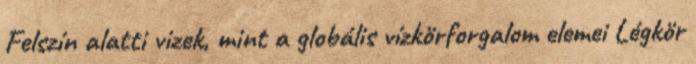
Felszín alatti vizek, mint a globális vízkörforgalom elemei Légkör